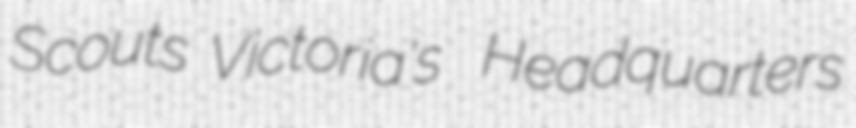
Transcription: Scouts Victoria's  Headquarters